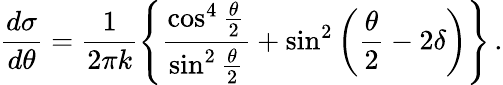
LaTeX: \frac{d\sigma}{d\theta}=\frac{1}{2\pi k}\left\{ \frac{\cos^{4}\frac{\theta}{2}}{\sin^{2}\frac{\theta}{2}}+\sin^{2}\left(\frac{\theta}{2}-2\delta\right)\right\} \, .